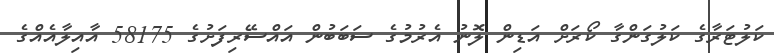
ކަލުޓަރާގެ ކަލުގަންގާ ކޯރަށް އަޑިން ލޮނު އެރުމުގެ ސަބަބުން އައްސޭރިފަށުގެ 58175 އާއިލާއެއްގެ